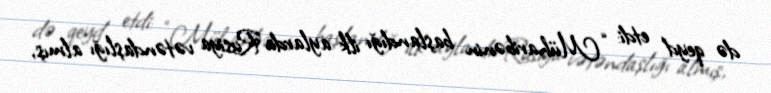
də qeyd etdi: “Müharibənin başlandığı ilk aylarda Rusiya vətəndaşlığı almış,